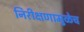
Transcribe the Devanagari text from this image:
निरीक्षणामुळेच